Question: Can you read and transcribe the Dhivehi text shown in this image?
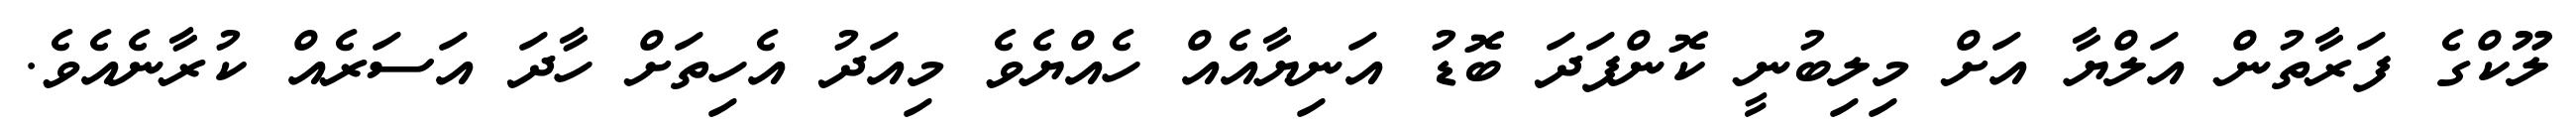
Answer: ލޫކްގެ ފަރާތުން އަލްޔާ އަށް މިލިބުނީ ކޮންފަދަ ބޮޑު އަނިޔާއެއް ހެއްޔެވެ މިއަދު އެހިތަށް ހާދަ އަސަރެއް ކުރާނެއެވެ.